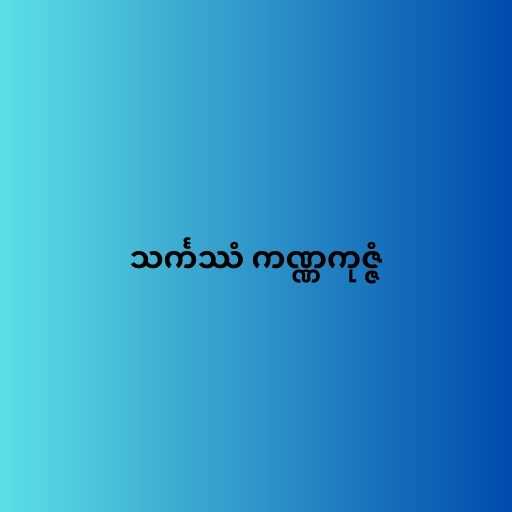
သင်္ကဿံ ကဏ္ဏကုဇ္ဇံ